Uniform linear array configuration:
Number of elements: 24
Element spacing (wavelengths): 0.5
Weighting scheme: hann
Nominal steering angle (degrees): -45
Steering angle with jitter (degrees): -45.609
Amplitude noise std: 0.05
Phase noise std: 0.05

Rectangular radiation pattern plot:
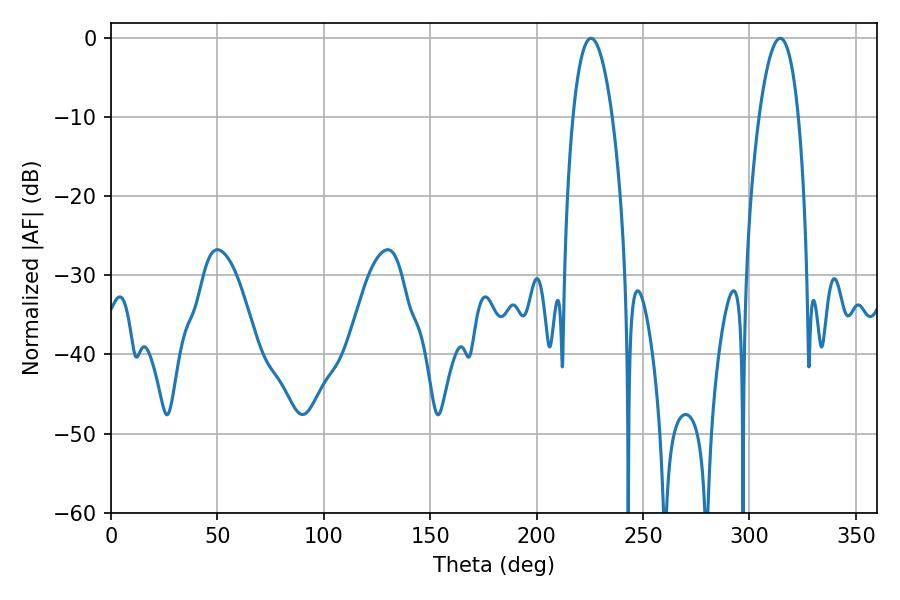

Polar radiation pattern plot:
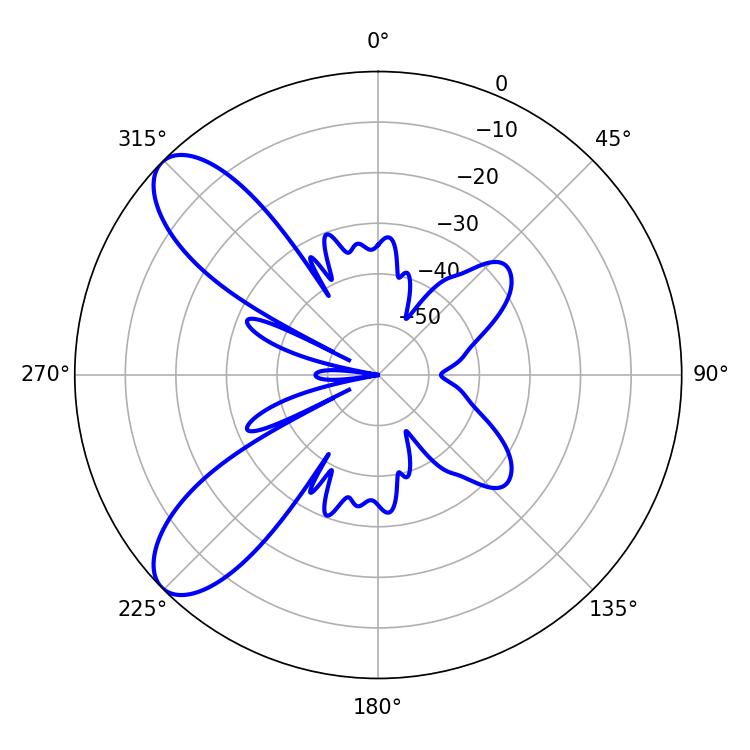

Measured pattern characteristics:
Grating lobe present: FALSE
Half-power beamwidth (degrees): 10.26
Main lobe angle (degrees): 314.46